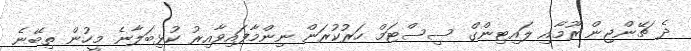
ދެ ޗޭންޖިން ރޫމާއި ލައިޓިންގް ސިސްޓަމް ހަރުކުރަން ނިންމާފައިވާއިރު ކުޅިބަލާނެ މީހުން ތިބޭނެ